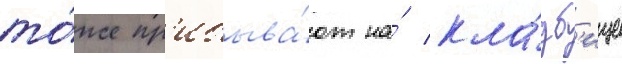
то́же пр'ибыва́ют на́ кла́дб'ище